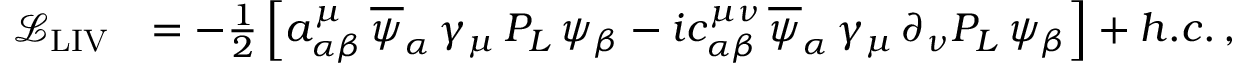
\begin{array} { r l } { \mathcal { L } _ { \mathrm { L I V } } } & { = - \frac { 1 } { 2 } \left[ a _ { \alpha \beta } ^ { \mu } \, \overline { { \psi } } _ { \alpha } \, \gamma _ { \mu } \, P _ { L } \, \psi _ { \beta } - i c _ { \alpha \beta } ^ { \mu \nu } \, \overline { { \psi } } _ { \alpha } \, \gamma _ { \mu } \, \partial _ { \nu } P _ { L } \, \psi _ { \beta } \right] + h . c . \, , } \end{array}